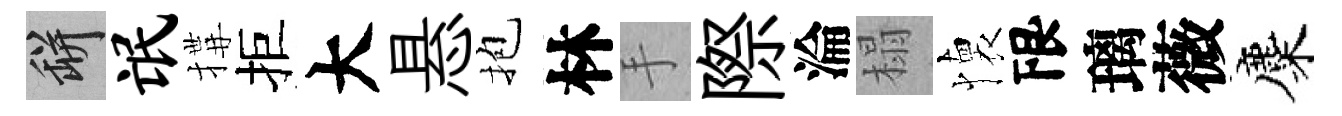
瓶氓搆拒大悬抱林手際淪榻懐限璃薇麋